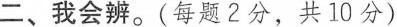
二、我会辨。(每题2分，共10分)